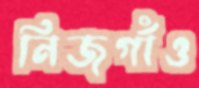
নিজগাঁও